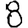
Digit: 8